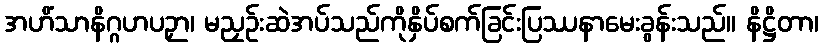
အဟိံသာနိဂ္ဂဟပဉှာ၊ မညှဉ်းဆဲအပ်သည်ကိုနှိပ်စက်ခြင်းပြဿနာမေးခွန်းသည်။ နိဋ္ဌိတာ၊